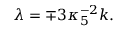
\lambda = \mp 3 \kappa _ { 5 } ^ { - 2 } k .